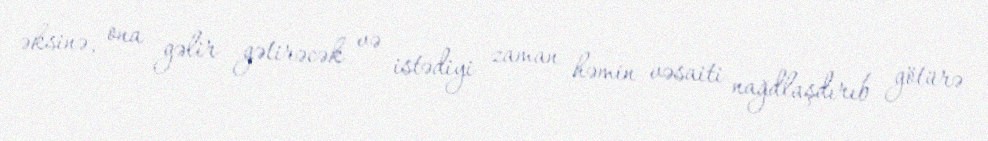
əksinə, ona gəlir gətirəcək və istədiyi zaman həmin vəsaiti nağdlaşdırıb götürə